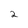
Character: 2